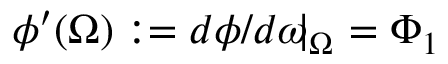
\phi ^ { \prime } ( \Omega ) : = d \phi / d \omega \! \! \! \mid _ { \Omega } \, \, = \Phi _ { 1 }